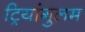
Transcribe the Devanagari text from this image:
ट्रियांगुलम